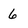
Character: 6